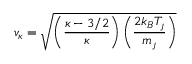
v _ { \kappa } = \sqrt { \left( \frac { \kappa - 3 / 2 } { \kappa } \right) \left( \frac { 2 k _ { B } T _ { \jmath } } { m _ { \jmath } } \right) }